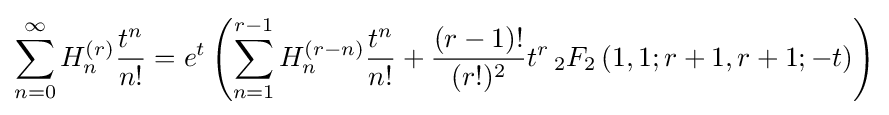
\sum _{n=0}^{\infty }H_{n}^{(r)}{\frac {t^{n}}{n!}}=e^{t}\left(\sum _{n=1}^{r-1}H_{n}^{(r-n)}{\frac {t^{n}}{n!}}+{\frac {(r-1)!}{(r!)^{2}}}t^{r}\,_{2}F_{2}\left(1,1;r+1,r+1;-t\right)\right)